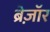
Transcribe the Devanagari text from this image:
ब्रेज़ाॅर